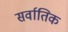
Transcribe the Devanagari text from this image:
सर्वातिक